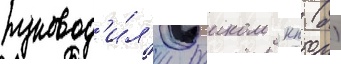
руковод'и́л'и раиком кп (б)